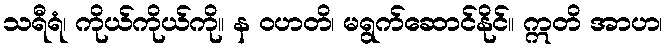
သရီရံ၊ ကိုယ်ကိုယ်ကို။ န ဝဟတိ၊ မရွက်ဆောင်နိုင်။ ဣတိ အာဟ၊